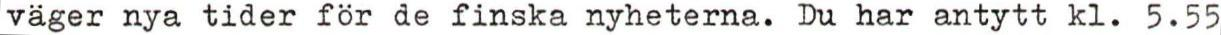
väger nya tider för de finska nyheterna. Du har antytt kl. 5.55